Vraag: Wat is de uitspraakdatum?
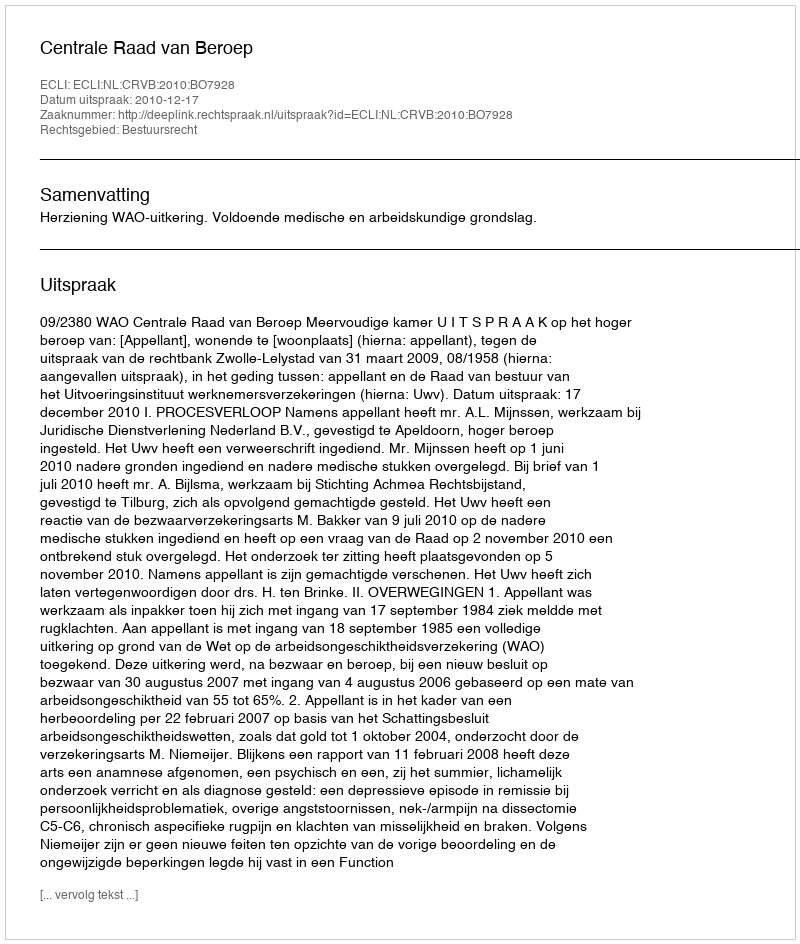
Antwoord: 2010-12-17